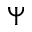
\boldsymbol { \Psi }